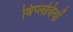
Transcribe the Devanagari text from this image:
विप्लवियों